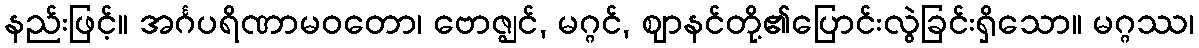
နည်းဖြင့်။ အင်္ဂပရိဏာမဝတော၊ ဗောဇ္ဈင်, မဂ္ဂင်, ဈာနင်တို့၏ပြောင်းလွဲခြင်းရှိသော။ မဂ္ဂဿ၊